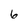
Character: 6